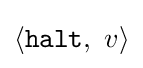
\left\langle {\mathtt {halt}},\ v\right\rangle